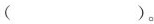
（ ）。